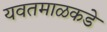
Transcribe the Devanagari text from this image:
यवतमाळकडे